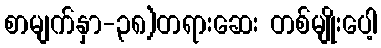
စာမျက်နှာ-၃၈)တရားဆေး တစ်မျိုးပေါ့